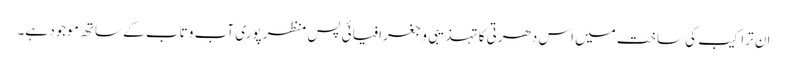
ان تراکیب کی ساخت میں اس دھرتی کا تہذیبی و جغرافیائی پس منظر پوری آب و تاب کے ساتھ موجود ہے۔